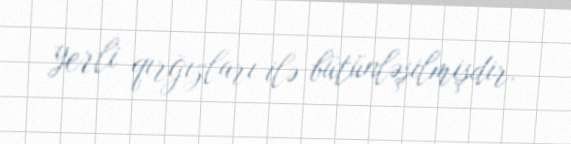
yerli qırğızları ilə bütünləşilmişdir.